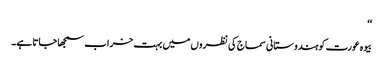
‘‘
بیوہ عورت کو ہندوستانی سماج کی نظروں میں بہت خراب سمجھا جاتا ہے۔